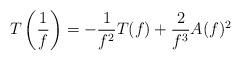
LaTeX: \begin{align*} T\left(\frac{1}{f}\right)= -\frac{1}{f^{2}}T(f)+\frac{2}{f^{3}}A(f)^{2} \end{align*}